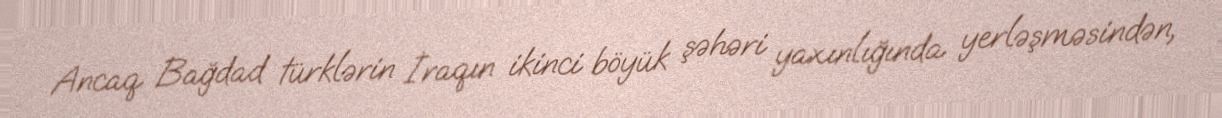
Ancaq Bağdad türklərin İraqın ikinci böyük şəhəri yaxınlığında yerləşməsindən,